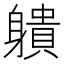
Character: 䠿